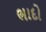
ભાદો